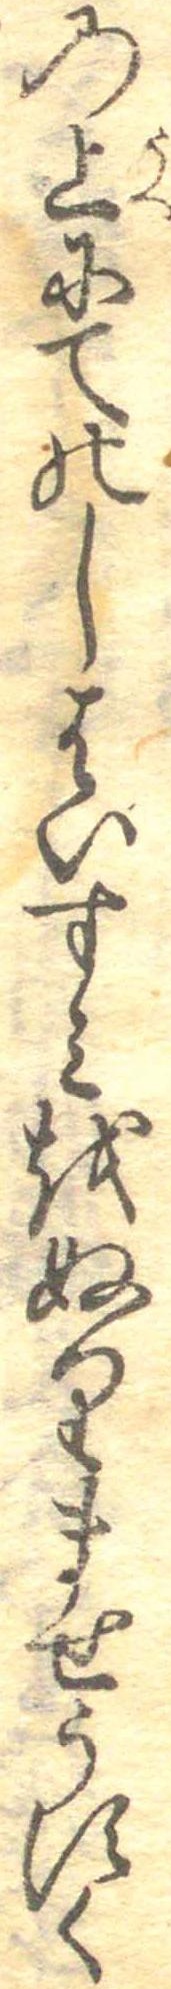
の上にてのしはいすみをぬりませうすく